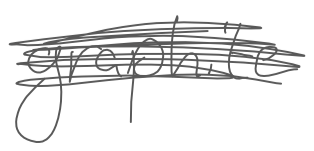
Text: graphite
Cross-out: scratch
Writing tool: digital_gray